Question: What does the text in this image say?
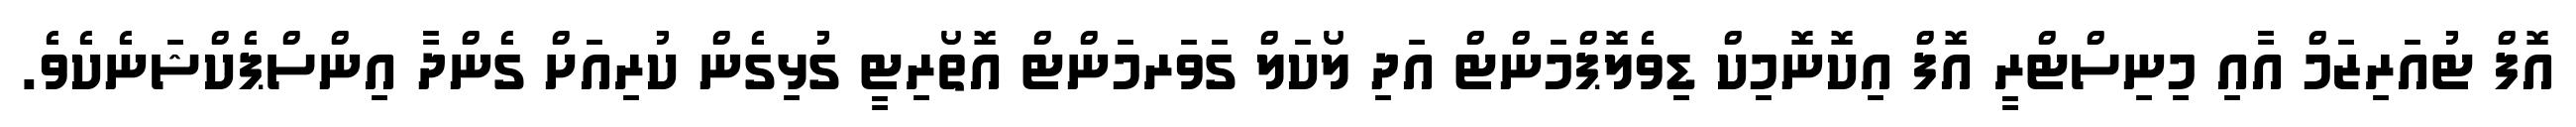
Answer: އޮފް ޓުއަރިޒަމް އާއި މިނިސްޓްރީ އޮފް އިކޮނޮމިކް ޑިވެލޮޕްމަންޓް އަދި ލޯކަލް ގަވަރމަންޓް އޮތޯރިޓީ ގުޅިގެން ކުރިއަށް ގެންދާ އިންސްޕެކްޝަނެކެވެ.